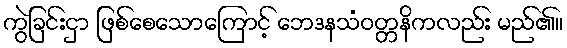
ကွဲခြင်းငှာ ဖြစ်စေသောကြောင့် ဘေဒနသံဝတ္တနိကလည်း မည်၏။